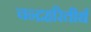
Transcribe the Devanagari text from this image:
चन्द्रहरितीर्थ